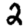
Digit: 2